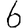
Digit: 6